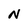
Character: N